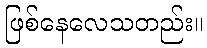
ဖြစ်နေလေသတည်း။